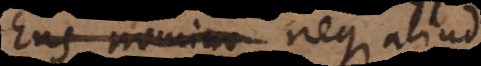
Ens nomin neque aliud